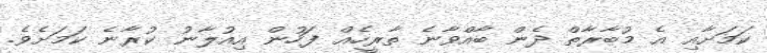
ކަމަށާއި އެ މުބާރާތް ދެން ބާއްވާނެ ތާރީހެއް ފަހުން އިއުލާނު ކުރާނެ ކަމަށެވެ.